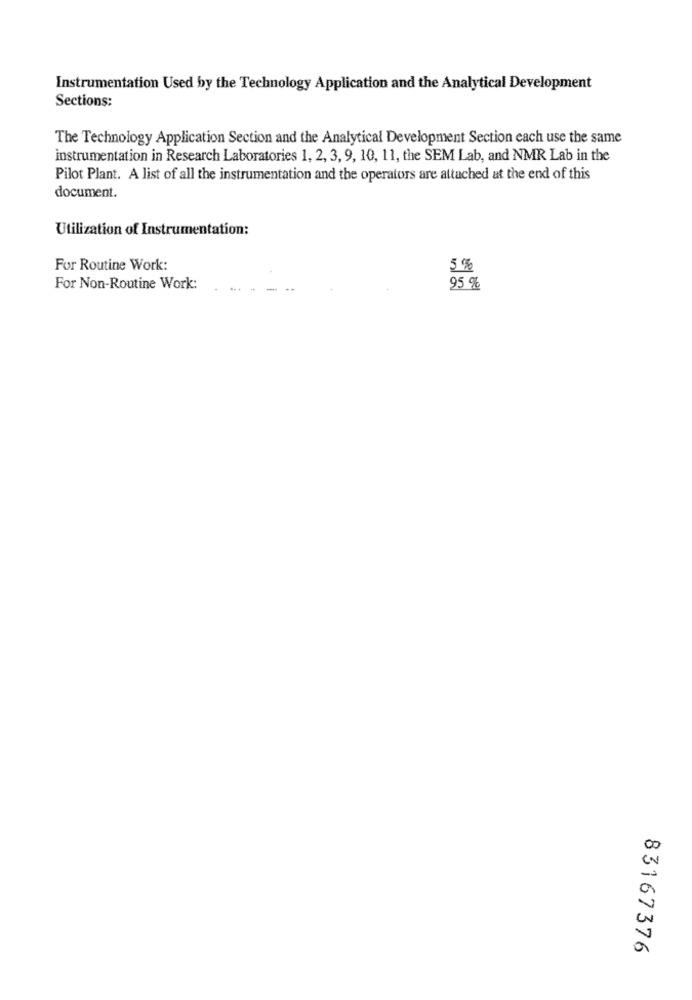
Instrumentation Used by the Technology Application and the Analytical Development
Sections:
The Technology Application Section and the Analytical Development Section each use the same
instrumentation in Research Laboratories 1, 2, 3, 9, 10, 11, the SEM Lab, and NMR Lab in the
Pilot Plant. A list of all the instrumentation and the operators are attached at the end of this
document.
Utilization of Instrumentation:
For Routine Work:
5 %
For Non-Routine Work:
95 %
83167376